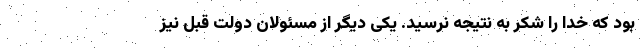
بود که خدا را شکر به نتیجه نرسید. یکی دیگر از مسئولان دولت قبل نیز